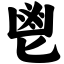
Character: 鬯